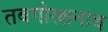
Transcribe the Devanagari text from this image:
तबगोरक्षनाथ